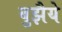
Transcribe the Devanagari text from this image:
बुझैये